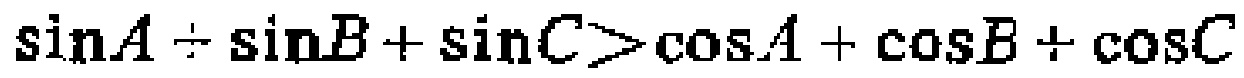
\(\sin A\div\sin B+\sin C>\cos A+\cos B+\cos C\)